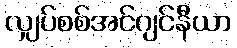
လျှပ်စစ်အင်ဂျင်နီယာ